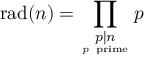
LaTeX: \displaystyle \mathrm { r a d } ( n ) = \prod _ { \scriptstyle p \mid n \atop p { \mathrm { ~ p r i m e } } } p